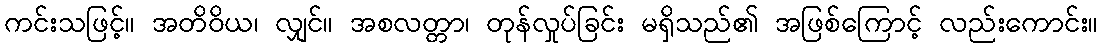
ကင်းသဖြင့်။ အတိဝိယ၊ လျှင်။ အစလတ္တာ၊ တုန်လှုပ်ခြင်း မရှိသည်၏ အဖြစ်ကြောင့် လည်းကောင်း။